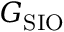
G _ { \mathrm { S I O } }